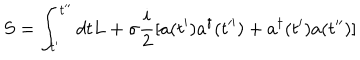
S = \int _ { t ^ { \prime } } ^ { t ^ { \prime \prime } } d t L + \sigma \frac { i } { 2 } [ a ( t ^ { \prime } ) a ^ { \dagger } ( t ^ { \prime \prime } ) + a ^ { \dagger } ( t ^ { \prime } ) a ( t ^ { \prime \prime } ) ]